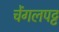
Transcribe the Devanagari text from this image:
चेंगलपट्ट